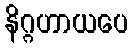
နိဂ္ဂဟာယပေ